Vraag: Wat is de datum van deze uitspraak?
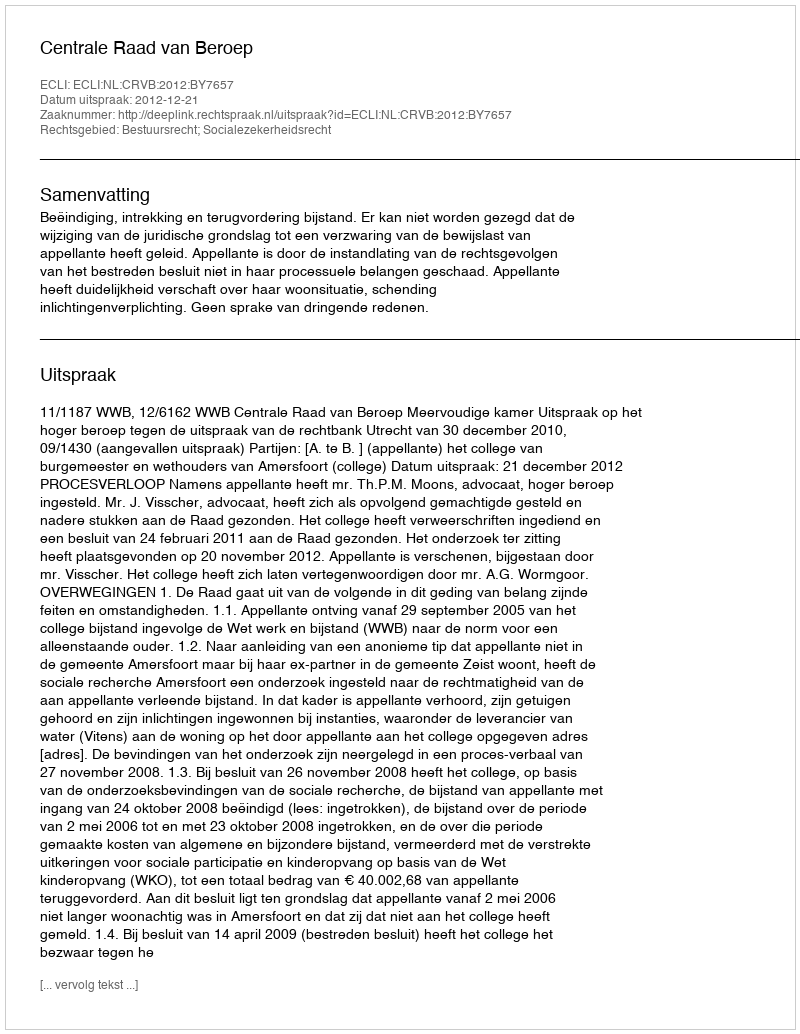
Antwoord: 2012-12-21